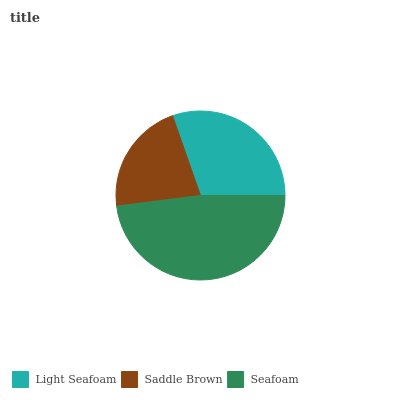
| Light Seafoam | Saddle Brown | Seafoam |
 | --- | --- | --- |
 | 30.4% | 21.6% | 48% |